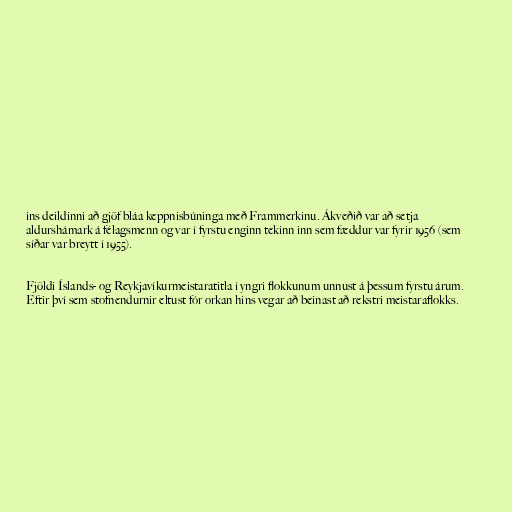
ins deildinni að gjöf bláa keppnisbúninga með Frammerkinu. Ákveðið var að setja
aldurshámark á félagsmenn og var í fyrstu enginn tekinn inn sem fæddur var fyrir 1956 (sem
síðar var breytt í 1955).

Fjöldi Íslands- og Reykjavíkurmeistaratitla í yngri flokkunum unnust á þessum fyrstu árum.
Eftir því sem stofnendurnir eltust fór orkan hins vegar að beinast að rekstri meistaraflokks.